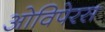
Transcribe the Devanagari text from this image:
ओविपेरस